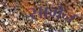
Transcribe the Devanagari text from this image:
सागैन